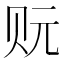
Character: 𰷡